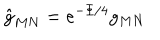
\hat { g } _ { M N } = e ^ { - \Phi / 4 } g _ { M N }